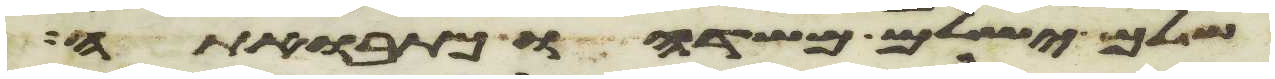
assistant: שלם ישלם משדהו כתבואתה